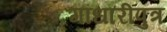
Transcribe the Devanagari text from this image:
गांधारीपुत्र